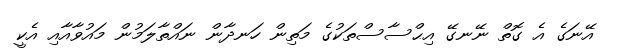
އޭނަގެ އެ ގޮތް ނޭނގޭ އިޙްސާސްތަކުގެ މަތިން ހަނދާން ނައްތާލަމުން މައުވާއާއި އެކީ